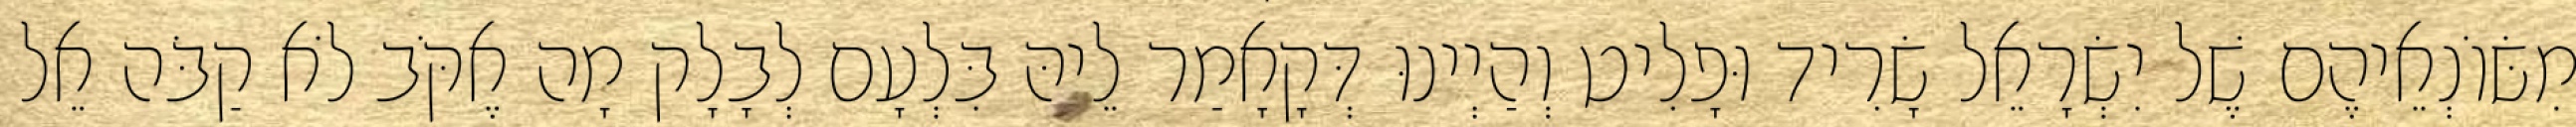
מִשּׂוֹנְאֵיהֶם שֶׁל יִשְׂרָאֵל שָׂרִיד וּפָלִיט וְהַיְינוּ דְּקָאָמַר לֵיהּ בִּלְעָם לְבָלָק מָה אֶקֹּב לֹא קַבֹּה אֵל